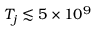
T _ { j } \lesssim 5 \times 1 0 ^ { 9 }